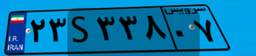
۲۳S۳۳۸۰۷